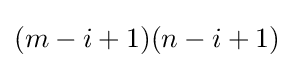
(m-i+1)(n-i+1)